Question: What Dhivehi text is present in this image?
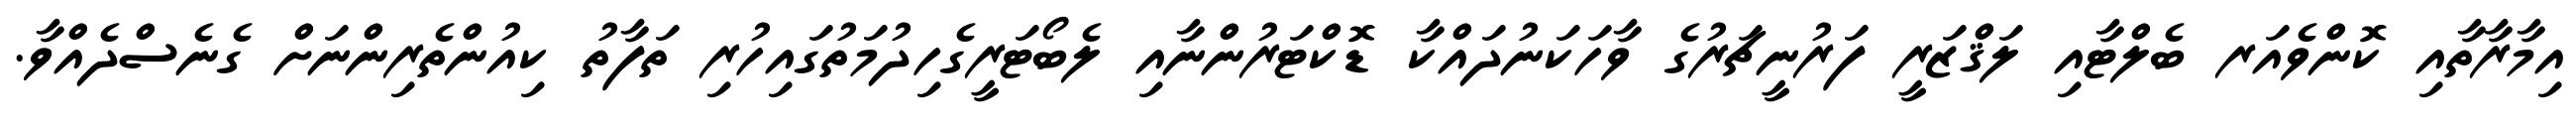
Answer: އިމާރާތާއި ކޮންވެއަރ ބެލްޓާއި ލަޤްޒަރީ ފަރުނީޗަރުގެ ވާހަކަނުދައްކާ ޑޮކްޓަރުންނާއި ލެބޯޓަރީގެހިދުމަތުގައިހުރި ތަފާތު ކިއުންތެރިންނަށް ގެނެސްދެއްވާ.